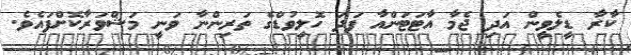
ކާރާ ޑީލެވީން އަދި ޖެމާ އާޓަޓަންއާ ފަދަ ހޮލީވުޑްގެ ތަރިންނާ ވަނީ މަޝްވަރާކޮށްފައެވެ.